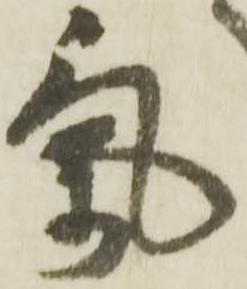
気